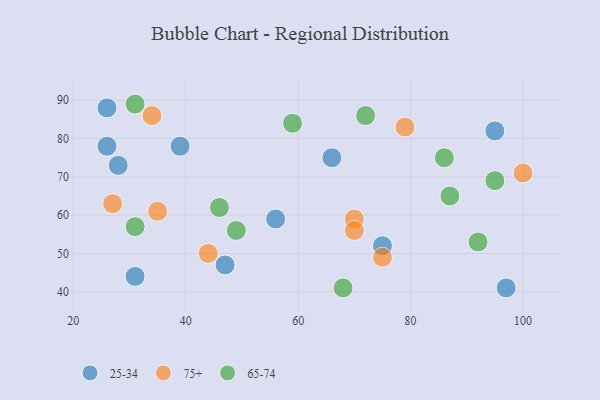
{"axis": {"x": "GDP", "y": "Life Expectancy"}, "legend": ["25-34", "65-74", "75+"], "data": [{"x": "66", "y": 75, "type": "25-34"}, {"x": "95", "y": 82, "type": "25-34"}, {"x": "56", "y": 59, "type": "25-34"}, {"x": "26", "y": 78, "type": "25-34"}, {"x": "75", "y": 52, "type": "25-34"}, {"x": "39", "y": 78, "type": "25-34"}, {"x": "26", "y": 88, "type": "25-34"}, {"x": "31", "y": 44, "type": "25-34"}, {"x": "28", "y": 73, "type": "25-34"}, {"x": "47", "y": 47, "type": "25-34"}, {"x": "97", "y": 41, "type": "25-34"}, {"x": "79", "y": 83, "type": "75+"}, {"x": "70", "y": 59, "type": "75+"}, {"x": "44", "y": 50, "type": "75+"}, {"x": "35", "y": 61, "type": "75+"}, {"x": "34", "y": 86, "type": "75+"}, {"x": "70", "y": 56, "type": "75+"}, {"x": "75", "y": 49, "type": "75+"}, {"x": "100", "y": 71, "type": "75+"}, {"x": "27", "y": 63, "type": "75+"}, {"x": "72", "y": 86, "type": "65-74"}, {"x": "46", "y": 62, "type": "65-74"}, {"x": "92", "y": 53, "type": "65-74"}, {"x": "95", "y": 69, "type": "65-74"}, {"x": "59", "y": 84, "type": "65-74"}, {"x": "87", "y": 65, "type": "65-74"}, {"x": "86", "y": 75, "type": "65-74"}, {"x": "31", "y": 89, "type": "65-74"}, {"x": "31", "y": 57, "type": "65-74"}, {"x": "68", "y": 41, "type": "65-74"}, {"x": "49", "y": 56, "type": "65-74"}]}